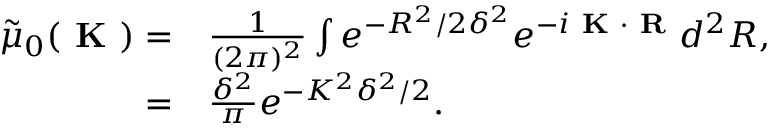
\begin{array} { r l } { \tilde { \mu } _ { 0 } ( \textbf { K } ) = } & { { } \frac { 1 } { ( 2 \pi ) ^ { 2 } } \int e ^ { - R ^ { 2 } / 2 \delta ^ { 2 } } e ^ { - i \textbf { K } \cdot { \textbf { R } } } d ^ { 2 } R , } \\ { = } & { { } \frac { \delta ^ { 2 } } { \pi } e ^ { - K ^ { 2 } \delta ^ { 2 } / 2 } . } \end{array}